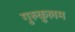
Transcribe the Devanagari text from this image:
गुरुकुलम